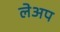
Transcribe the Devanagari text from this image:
लेअप